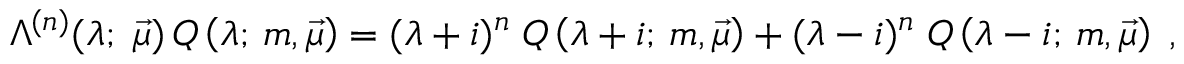
\Lambda ^ { ( n ) } ( \lambda ; \; \vec { \mu } ) \, Q \left( \lambda ; \, m , \vec { \mu } \right) = ( \lambda + i ) ^ { n } \; Q \left( \lambda + i ; \, m , \vec { \mu } \right) + ( \lambda - i ) ^ { n } \; Q \left( \lambda - i ; \, m , \vec { \mu } \right) \; ,